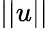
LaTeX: ||u||